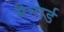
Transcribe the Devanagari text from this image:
मैनार्ड